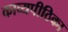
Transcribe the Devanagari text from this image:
काव्यपीठिका